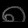
Digit: ၈